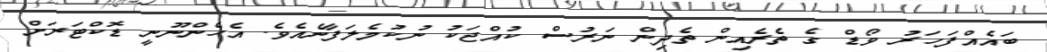
ބައެއްފަހަރު ވޯޑް ގެ ތެރެއިން ތެދިން ނަރުސް ކުއްޖަކު ނުކުމެލަފާނެއެވެ. އެހެންނޫނީ ޑޮކްޓަރަށް